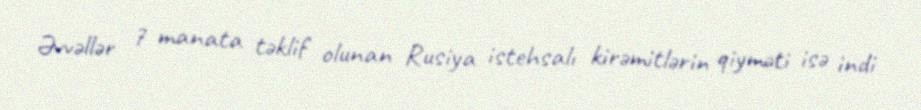
Əvvəllər 7 manata təklif olunan Rusiya istehsalı kirəmitlərin qiyməti isə indi